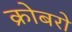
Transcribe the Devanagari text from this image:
क्रोबरो